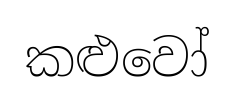
කළුවෝ